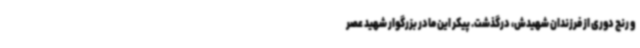
و رنج دوری از فرزندان شهیدش، درگذشت. پیکر این مادر بزرگوار شهید عصر